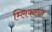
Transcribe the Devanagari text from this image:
म्लिकरना